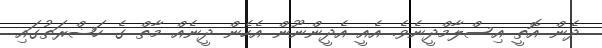
ދެން އޮތީ އިސްލާމްދީނެވެ. އެއީ އެދީންނޫން އެހެން ދީނެއް މާތް ގެ ހަޟްރަތުގައި